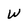
Character: w